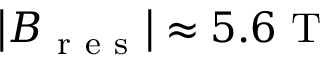
\left| \boldsymbol B _ { \mathrm { ~ r ~ e ~ s ~ } } \right| \approx 5 . 6 \mathrm { ~ T ~ }